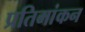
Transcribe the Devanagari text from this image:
प्रतिमांकन